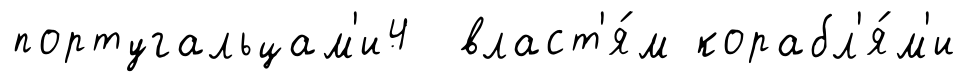
португальцам'и4 власт'я́м корабл'я́м'и